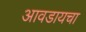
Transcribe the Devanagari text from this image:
आवडायचा